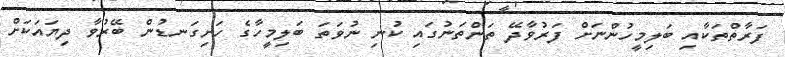
ފަރާތްތަކާއި ބަލިމީހުންނަށް ފަރުވާދޭ ތަންތަނުގައި ކުނި ނުވަތަ ބަލިމީހާގެ ހަށިގަނޑުން ބޭރުވާ ދިޔައަކަށް